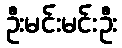
ဦးမင်းမင်းဦး